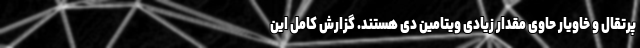
پرتقال و خاویار حاوی مقدار زیادی ویتامین دی هستند. گزارش کامل این